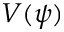
V ( \psi )